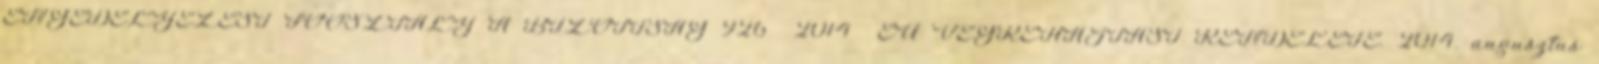
ENGEDÉLYEZÉSI FŐOSZTÁLY A BIZOTTSÁG 926 2014 EU VÉGREHAJTÁSI RENDELETE. 2014. augusztus